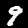
Label: 9